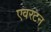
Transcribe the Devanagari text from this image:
एवरटन